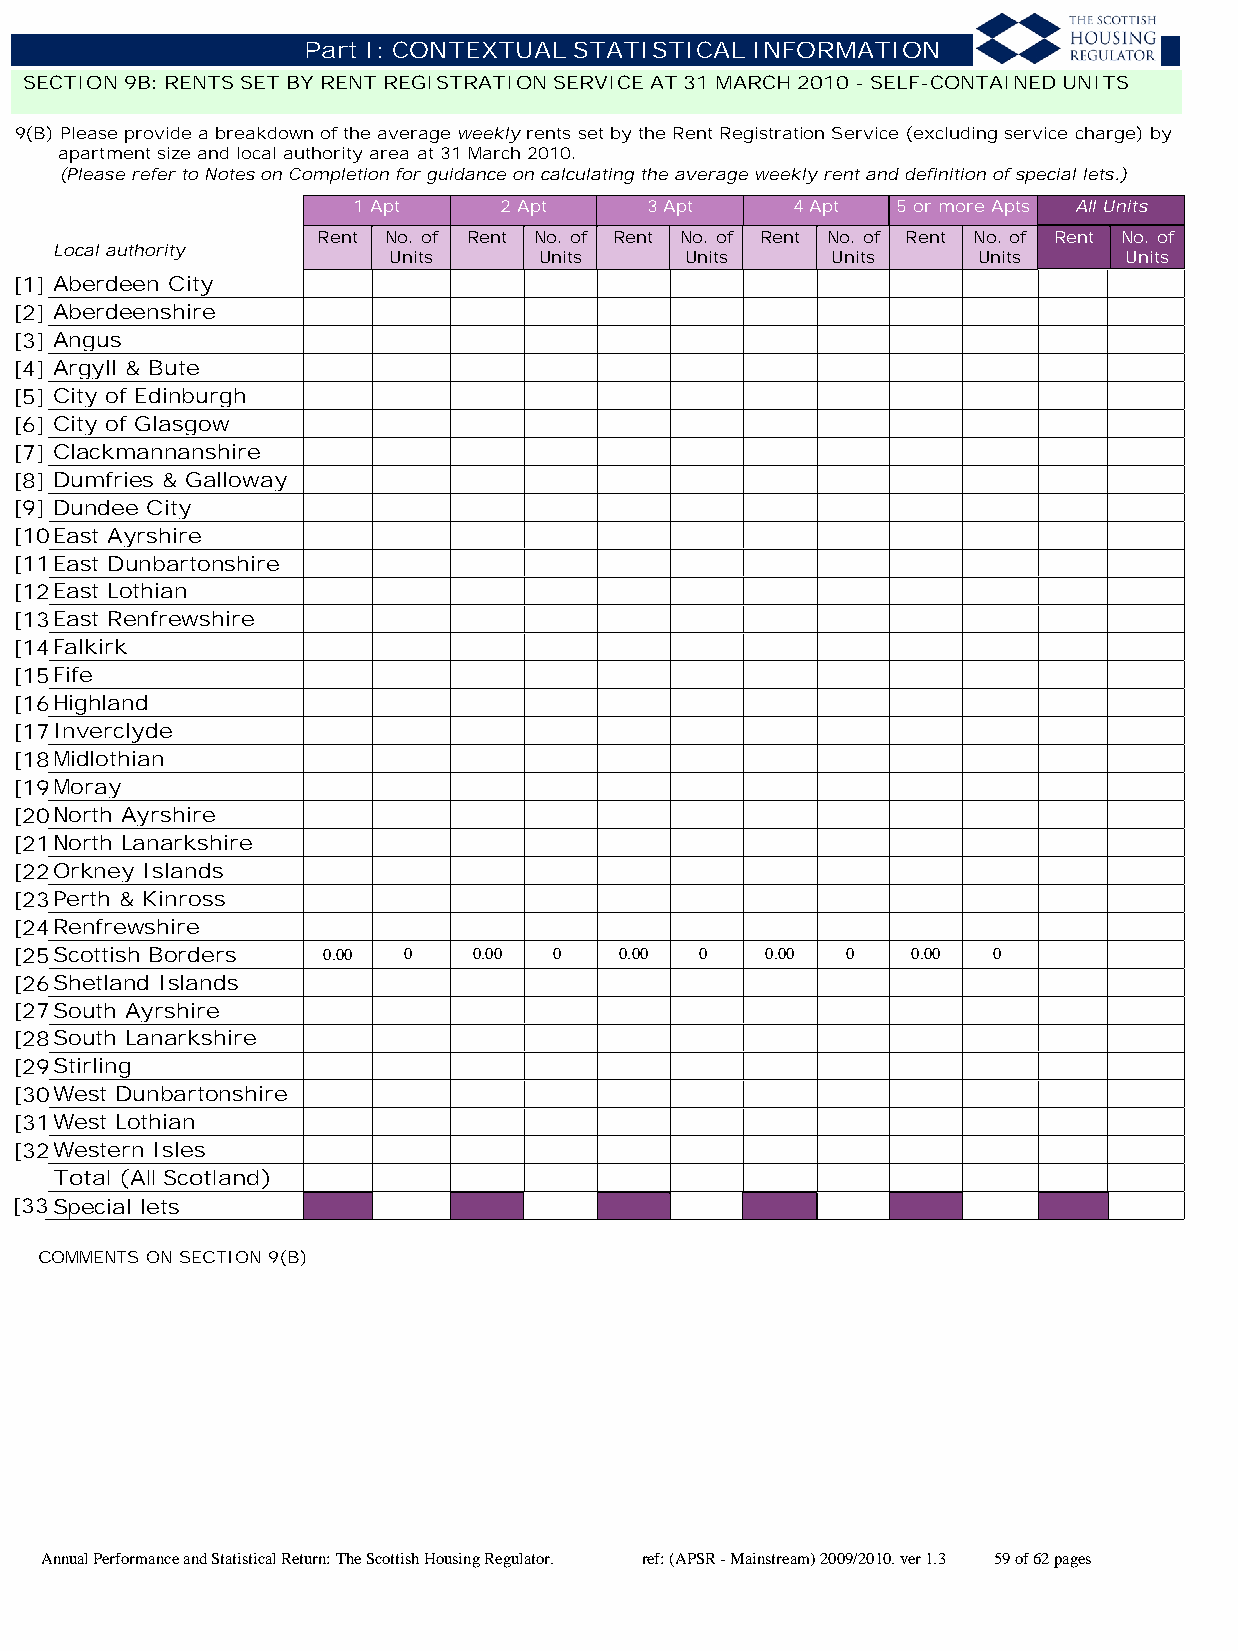
Part I: CONTEXTUAL STATISTICAL INFORMATION
 SECTION 9B: RENTS SET BY RENT REGISTRATION SERVICE AT 31 MARCH 2010 - SELF-CONTAINED UNITS
 9(B) Please provide a breakdown of the average weekly rents set by the Rent Registration Service (excluding service charge) by
 apartment size and local authority area at 31 March 2010.
 (Please refer to Notes on Completion for guidance on calculating the average weekly rent and definition of special lets.)
 1 Apt     2 Apt     3 Apt    4 Apt  5 or more Apts All Units
 Rent No. of Rent No. of Rent No. of Rent No. of Rent No. of Rent No. of
 Local authority
 Units     Units    Units     Units     Units    Units
 [1] Aberdeen City
 [2] Aberdeenshire
 [3] Angus
 [4] Argyll & Bute
 [5] City of Edinburgh
 [6] City of Glasgow
 [7] Clackmannanshire
 [8] Dumfries & Galloway
 [9] Dundee City
 [10]East Ayrshire
 [11]East Dunbartonshire
 [12]East Lothian
 [13]East Renfrewshire
 [14]Falkirk
 [15]Fife
 [16]Highland
 [17]Inverclyde
 [18]Midlothian
 [19]Moray
 [20]North Ayrshire
 [21]North Lanarkshire
 [22]Orkney Islands
 [23]Perth & Kinross
 [24]Renfrewshire
 [25]Scottish Borders 0.00 0   0.00  0   0.00 0    0.00 0   0.00  0
 [26]Shetland Islands
 [27]South Ayrshire
 [28]South Lanarkshire
 [29]Stirling
 [30]West Dunbartonshire
 [31]West Lothian
 [32]Western Isles
 Total (All Scotland)
 [33]Special lets
 COMMENTS ON SECTION 9(B)
 Annual Performance and Statistical Return: The Scottish Housing Regulator. ref: (APSR - Mainstream) 2009/2010. ver 1.3 59 of 62 pages